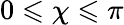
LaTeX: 0\leqslant\chi\leqslant\pi